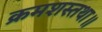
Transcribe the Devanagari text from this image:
क्रमशस्तथा॥